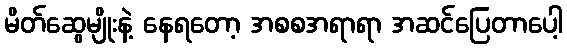
မိတ်ဆွေမျိုးနဲ့ နေရတော့ အစစအရာရာ အဆင်ပြေတာပေါ့